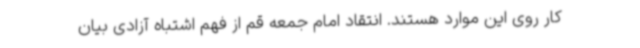
کار روی این موارد هستند. انتقاد امام جمعه قم از فهم اشتباه آزادی بیان